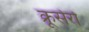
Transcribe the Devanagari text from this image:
क्रूसेरो